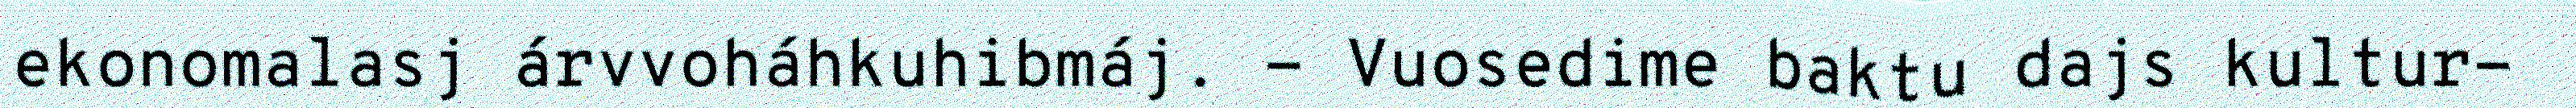
ekonomalasj árvvoháhkuhibmáj. - Vuosedime baktu dajs kultur-